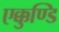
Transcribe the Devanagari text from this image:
एक्कुण्डि